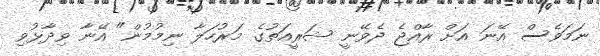
ނަމަވެސް އޭނަ އަށް ރާއްޖެ ދެވޭނީ ޝަރީއަތުގެ މަރުހަލާ ނިމުމުން" އޭނާ ވިދާޅުވި